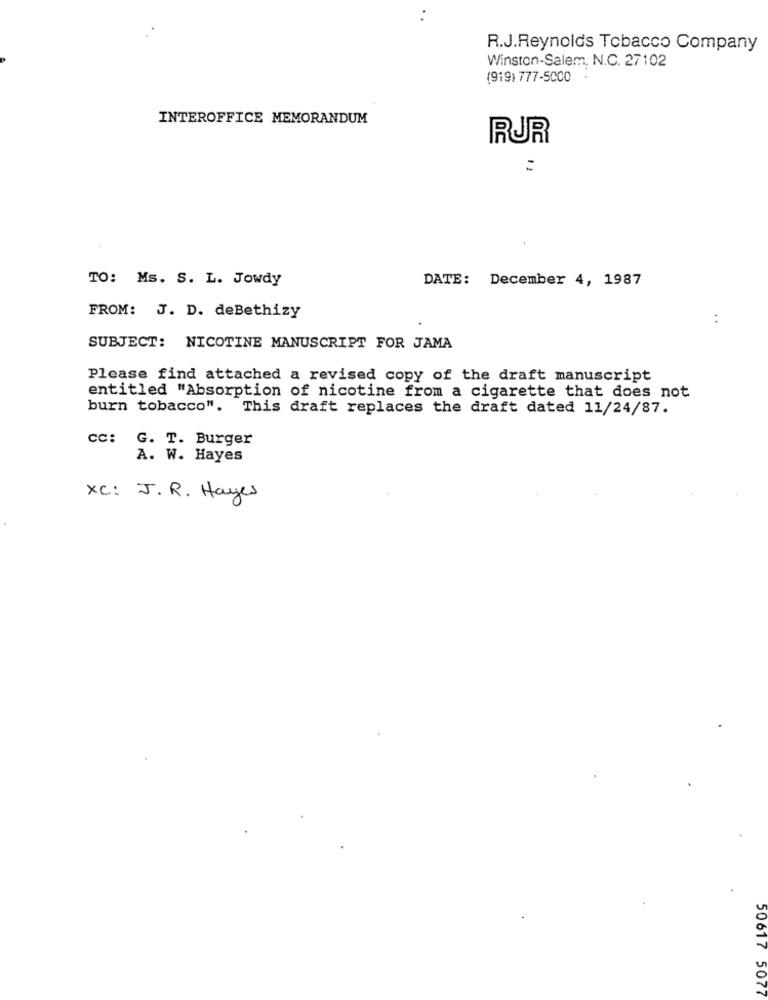
R.J.Reynolds Tobacco Company
Winston-Salem, N.C. 27102
(919) 777-5CCO
INTEROFFICE MEMORANDUM
RUR
:
TO: Ms. S. L. Jowdy
DATE: December 4, 1987
FROM: J. D. deBethizy
:
SUBJECT: NICOTINE MANUSCRIPT FOR JAMA
Please find attached a revised copy of the draft manuscript
entitled "Absorption of nicotine from a cigarette that does not
burn tobacco". This draft replaces the draft dated 11/24/87.
cc: G. T. Burger
A. W. Hayes
xc: J.R. Hayes
50617 5077